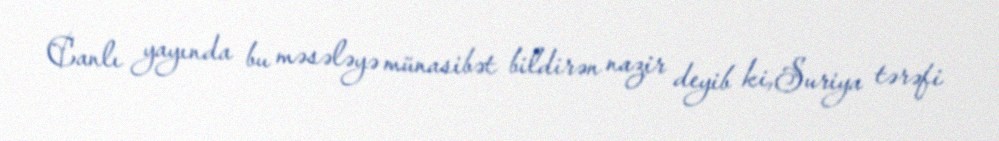
Canlı yayında bu məsələyə münasibət bildirən nazir deyib ki,Suriya tərəfi